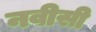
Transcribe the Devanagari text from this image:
नवीसी